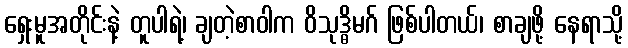
ရှေးမူအတိုင်းနဲ့ တူပါရဲ့၊ ချတဲ့စာဝါက ဝိသုဒ္ဓိမဂ် ဖြစ်ပါတယ်၊ စာချဖို့ နေရာသို့